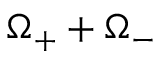
\Omega _ { + } + \Omega _ { - }